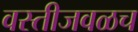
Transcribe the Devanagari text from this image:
वस्तीजवळच